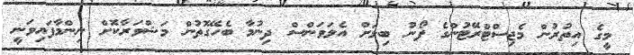
މީގެ އިތުރުން މެޖިސްޓްރޭޓުންގެ ފޯނު ބިލަށް އެލަވަންސް ދިނުމާ ބެހޭގޮތުން މަޝްވަރާކޮށް ނިންމާފައިވަނީ